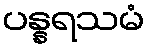
ပန္နရသမံ